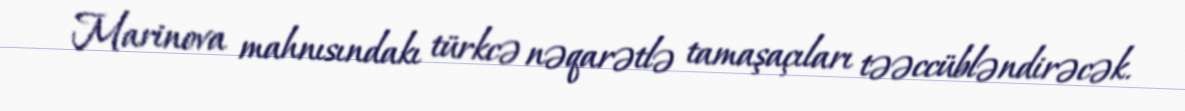
Marinova mahnısındakı türkcə nəqarətlə tamaşaçıları təəccübləndirəcək.